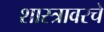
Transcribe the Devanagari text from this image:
शास्त्रावरचे